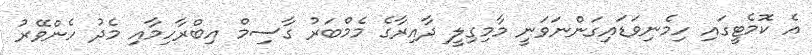
އެ ކޮމެޓީގައި ހިމެނިވަޑައިގަންނަވަނީ މާމިގިލީ ދާއިރާގެ މެމްބަރު ގާސިމް އިބްރާހިމާއި މެދު ހެންވޭރު